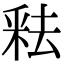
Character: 𬪻